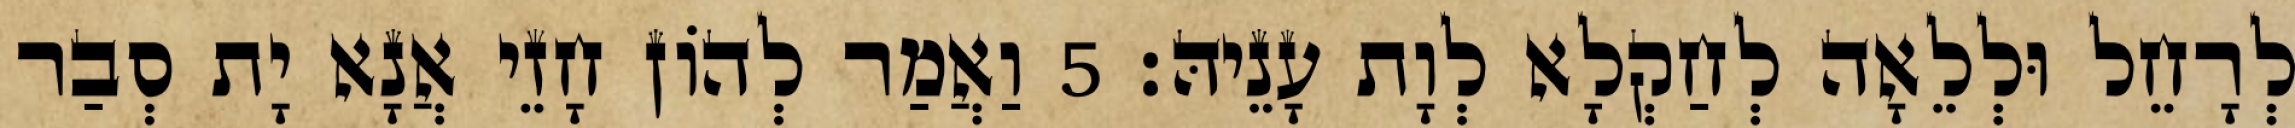
לְרָחֵל וּלְלֵאָה לְחַקְלָא לְוָת עָנֵיהּ׃ 5 וַאֲמַר לְהוֹן חָזֵי אֲנָא יָת סְבַר